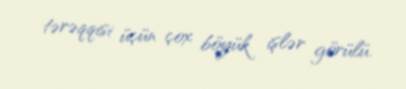
tərəqqisi üçün çox böyük işlər görülü.